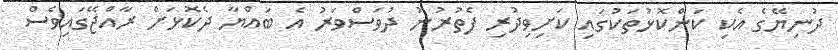
ދުނިޔޭގެ އެކި ކަންކޮޅުތަކުގައި ކަށިވިދުރި ފެތުރުނު ދުވަސްވަރު އެ ބައްޔާ ދެކޮޅަށް ރާއްޖޭގަައިވެސް